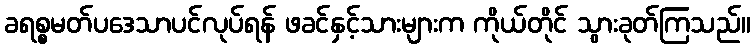
ခရစ္စမတ်ပဒေသာပင်လုပ်ရန် ဖခင်နှင့်သားများက ကိုယ်တိုင် သွားခုတ်ကြသည်။